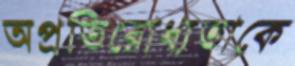
অপ্রতিরোধ্যতাকে